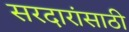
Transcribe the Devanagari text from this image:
सरदारांसाठी